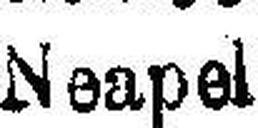
Neapel